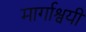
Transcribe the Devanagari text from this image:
मार्गाश्वयी